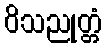
ဝိသညုတ္တံ